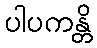
ပါပကန္တိ